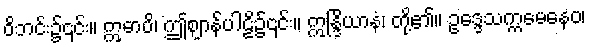
ဝိဘင်း၌၎င်း။ ဣဓာပိ၊ ဤဈာန်ပါဠိ၌၎င်း။ ဣန္ဒြိယာနံ၊ တို့၏။ ဥဒ္ဒေသက္ကမေနေဝ၊